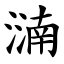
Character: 㵜